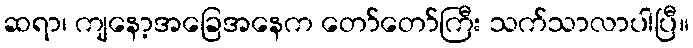
ဆရာ၊ ကျနော့အခြေအနေက တော်တော်ကြီး သက်သာလာပါပြီ။